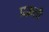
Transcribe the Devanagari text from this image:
प्रक्रती